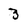
Character: 3